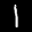
Label: 1